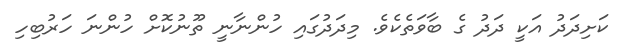
ކަށިދަދު އަކީ ދަދު ގެ ބާވަތެކެވެ. މިދަދުގައި ހުންނާނީ ތޫނުކޮށް ހުންނަ ހަރުބިހި